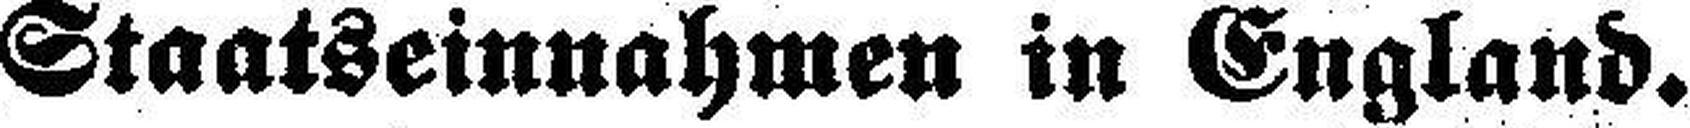
Staatseinnahmen in England.